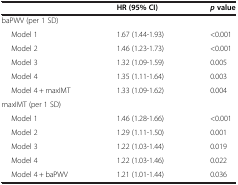
|  | HR (95% CI) | pvalue |
 | --- | --- | --- |
 | baPWV (per 1 SD) |  |  |
 | Model 1 | 1.67 (1.44-1.93) | <0.001 |
 | Model 2 | 1.46 (1.23-1.73) | <0.001 |
 | Model 3 | 1.32 (1.09-1.59) | 0.005 |
 | Model 4 | 1.35 (1.11-1.64) | 0.003 |
 | Model 4 + maxIMT | 1.33 (1.09-1.62) | 0.004 |
 | maxIMT (per 1 SD) |  |  |
 | Model 1 | 1.46 (1.28-1.66) | <0.001 |
 | Model 2 | 1.29 (1.11-1.50) | 0.001 |
 | Model 3 | 1.22 (1.03-1.44) | 0.019 |
 | Model 4 | 1.22 (1.03-1.46) | 0.022 |
 | Model 4 + baPWV | 1.21 (1.01-1.44) | 0.036 |